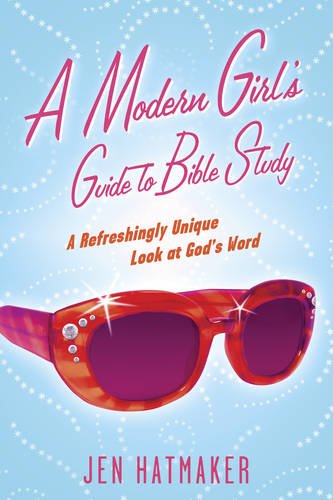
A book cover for A Modern Girl's Guide to Bible Study: A Refreshingly Unique Look at God's Word; Jen Hatmaker; Christian Books & Bibles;